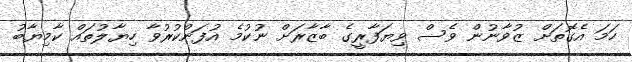
ހަމަ އެގޮތަށް ޒުވާނުން ވެސް ވިޔަފާރީގެ ބާޒާރަށް ނުކުމެ އުފަންކުރުވާ ހިޔާލުތައް ކާމިޔާބު